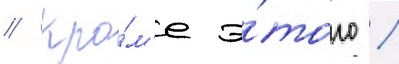
// Кро́м'е э́того /